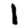
Digit: 1